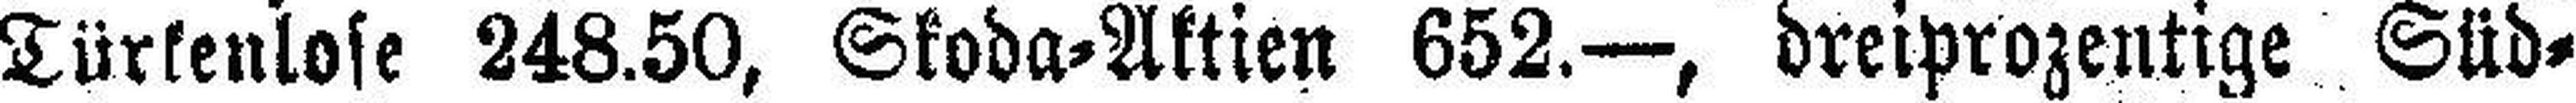
Türkenlose 248.50, Skoda=Aktien 652.—, dreiprozentige Süd¬